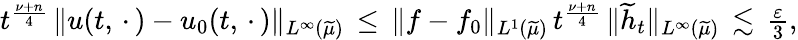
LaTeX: \begin{array}{r}{t^{\frac{\nu+n}{4}}\, \| u(t,\, \cdot\, )-u_{0}(t,\, \cdot\, )\| _{L^{\infty}(\widetilde{\mu})}\, \le\, \| f-f_{0}\| _{L^{1}(\widetilde{\mu})}\, t^{\frac{\nu+n}{4}}\, \| \widetilde{h}_{t}\| _{L^{\infty}(\widetilde{\mu})}\, \lesssim\, \frac{\varepsilon}{3},}\end{array}